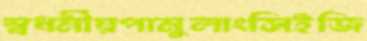
স্বধর্মীয়পামুলাংসিইজি